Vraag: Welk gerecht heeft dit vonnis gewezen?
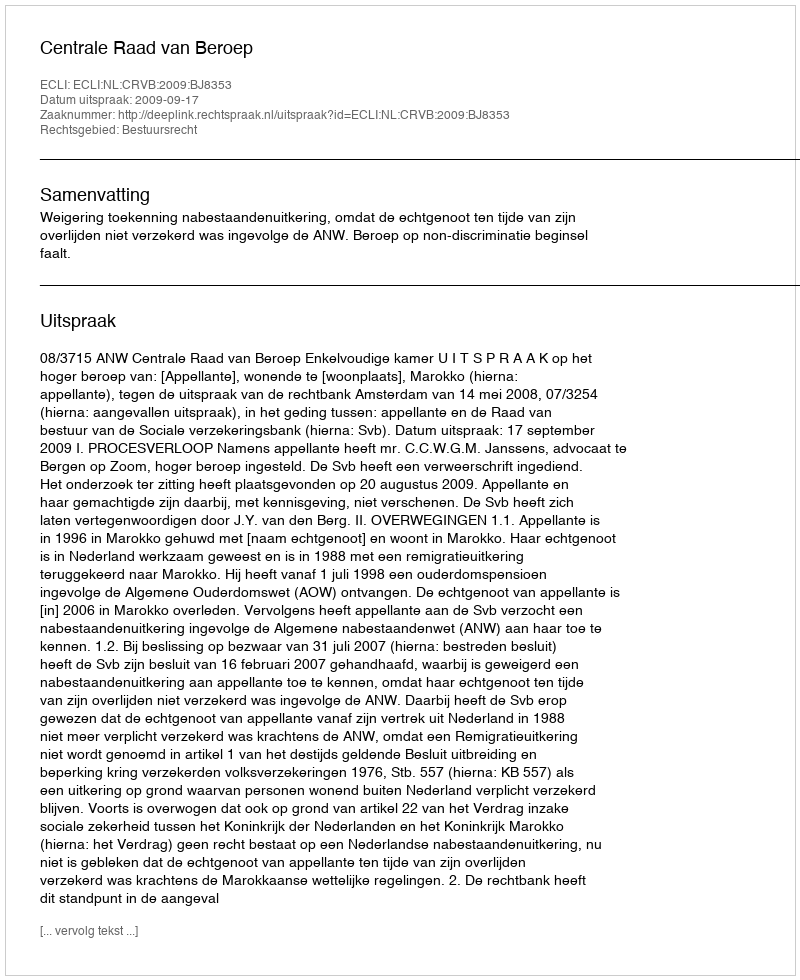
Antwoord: Centrale Raad van Beroep